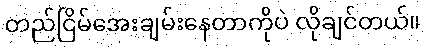
တည်ငြိမ်အေးချမ်းနေတာကိုပဲ လိုချင်တယ်။